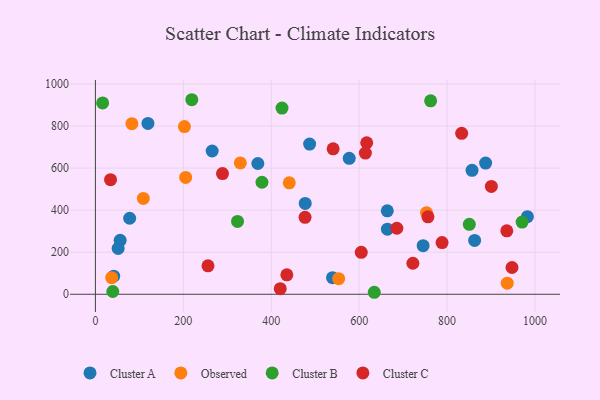
{"axis": {"x": "Distance", "y": "Exam Score"}, "legend": ["Cluster A", "Cluster B", "Cluster C", "Observed"], "data": [{"x": "745.5", "y": 231.2, "type": "Cluster A"}, {"x": "862.7", "y": 255.8, "type": "Cluster A"}, {"x": "265.6", "y": 681.1, "type": "Cluster A"}, {"x": "487.3", "y": 714.0, "type": "Cluster A"}, {"x": "539.4", "y": 78.8, "type": "Cluster A"}, {"x": "477.3", "y": 432.1, "type": "Cluster A"}, {"x": "664.0", "y": 396.8, "type": "Cluster A"}, {"x": "77.9", "y": 361.5, "type": "Cluster A"}, {"x": "577.4", "y": 646.3, "type": "Cluster A"}, {"x": "41.5", "y": 85.8, "type": "Cluster A"}, {"x": "664.3", "y": 309.3, "type": "Cluster A"}, {"x": "887.7", "y": 624.0, "type": "Cluster A"}, {"x": "119.5", "y": 812.4, "type": "Cluster A"}, {"x": "982.7", "y": 368.8, "type": "Cluster A"}, {"x": "369.5", "y": 621.8, "type": "Cluster A"}, {"x": "56.3", "y": 256.5, "type": "Cluster A"}, {"x": "856.8", "y": 589.5, "type": "Cluster A"}, {"x": "51.7", "y": 217.7, "type": "Cluster A"}, {"x": "441.0", "y": 529.7, "type": "Observed"}, {"x": "936.9", "y": 52.6, "type": "Observed"}, {"x": "109.0", "y": 455.8, "type": "Observed"}, {"x": "83.0", "y": 811.0, "type": "Observed"}, {"x": "553.4", "y": 74.3, "type": "Observed"}, {"x": "205.3", "y": 555.4, "type": "Observed"}, {"x": "202.5", "y": 797.1, "type": "Observed"}, {"x": "37.0", "y": 78.8, "type": "Observed"}, {"x": "753.3", "y": 387.9, "type": "Observed"}, {"x": "329.6", "y": 624.5, "type": "Observed"}, {"x": "970.7", "y": 343.3, "type": "Cluster B"}, {"x": "39.5", "y": 13.2, "type": "Cluster B"}, {"x": "323.3", "y": 346.3, "type": "Cluster B"}, {"x": "219.3", "y": 925.0, "type": "Cluster B"}, {"x": "762.6", "y": 919.6, "type": "Cluster B"}, {"x": "634.4", "y": 9.4, "type": "Cluster B"}, {"x": "16.4", "y": 909.9, "type": "Cluster B"}, {"x": "378.9", "y": 532.7, "type": "Cluster B"}, {"x": "850.6", "y": 332.3, "type": "Cluster B"}, {"x": "424.5", "y": 885.1, "type": "Cluster B"}, {"x": "900.8", "y": 512.7, "type": "Cluster C"}, {"x": "34.4", "y": 544.9, "type": "Cluster C"}, {"x": "788.6", "y": 245.9, "type": "Cluster C"}, {"x": "540.8", "y": 691.6, "type": "Cluster C"}, {"x": "833.2", "y": 765.4, "type": "Cluster C"}, {"x": "289.1", "y": 573.7, "type": "Cluster C"}, {"x": "256.1", "y": 135.4, "type": "Cluster C"}, {"x": "722.2", "y": 147.5, "type": "Cluster C"}, {"x": "420.5", "y": 26.5, "type": "Cluster C"}, {"x": "476.9", "y": 365.7, "type": "Cluster C"}, {"x": "685.8", "y": 313.9, "type": "Cluster C"}, {"x": "935.9", "y": 301.5, "type": "Cluster C"}, {"x": "756.5", "y": 368.0, "type": "Cluster C"}, {"x": "947.7", "y": 127.3, "type": "Cluster C"}, {"x": "614.2", "y": 671.3, "type": "Cluster C"}, {"x": "617.2", "y": 720.3, "type": "Cluster C"}, {"x": "604.8", "y": 199.2, "type": "Cluster C"}, {"x": "435.5", "y": 92.3, "type": "Cluster C"}]}